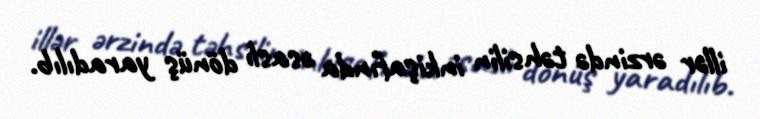
illər ərzində təhsilin inkişafında əsaslı dönüş yaradılıb.